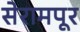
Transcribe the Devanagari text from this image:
सेरामपूर